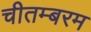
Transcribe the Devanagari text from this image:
चीतम्बरम